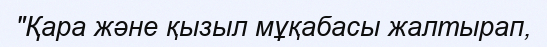
"Қара және қызыл мұқабасы жалтырап,